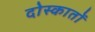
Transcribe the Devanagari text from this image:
दोस्कातों